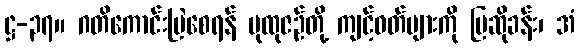
ဋ္ဌ-၃၇။ ဂတိကောင်းမြဲစေရန် ပုထုဇဉ်တို့ ကျင့်ဝတ်များကို ပြဆိုခန်း၊ အံ